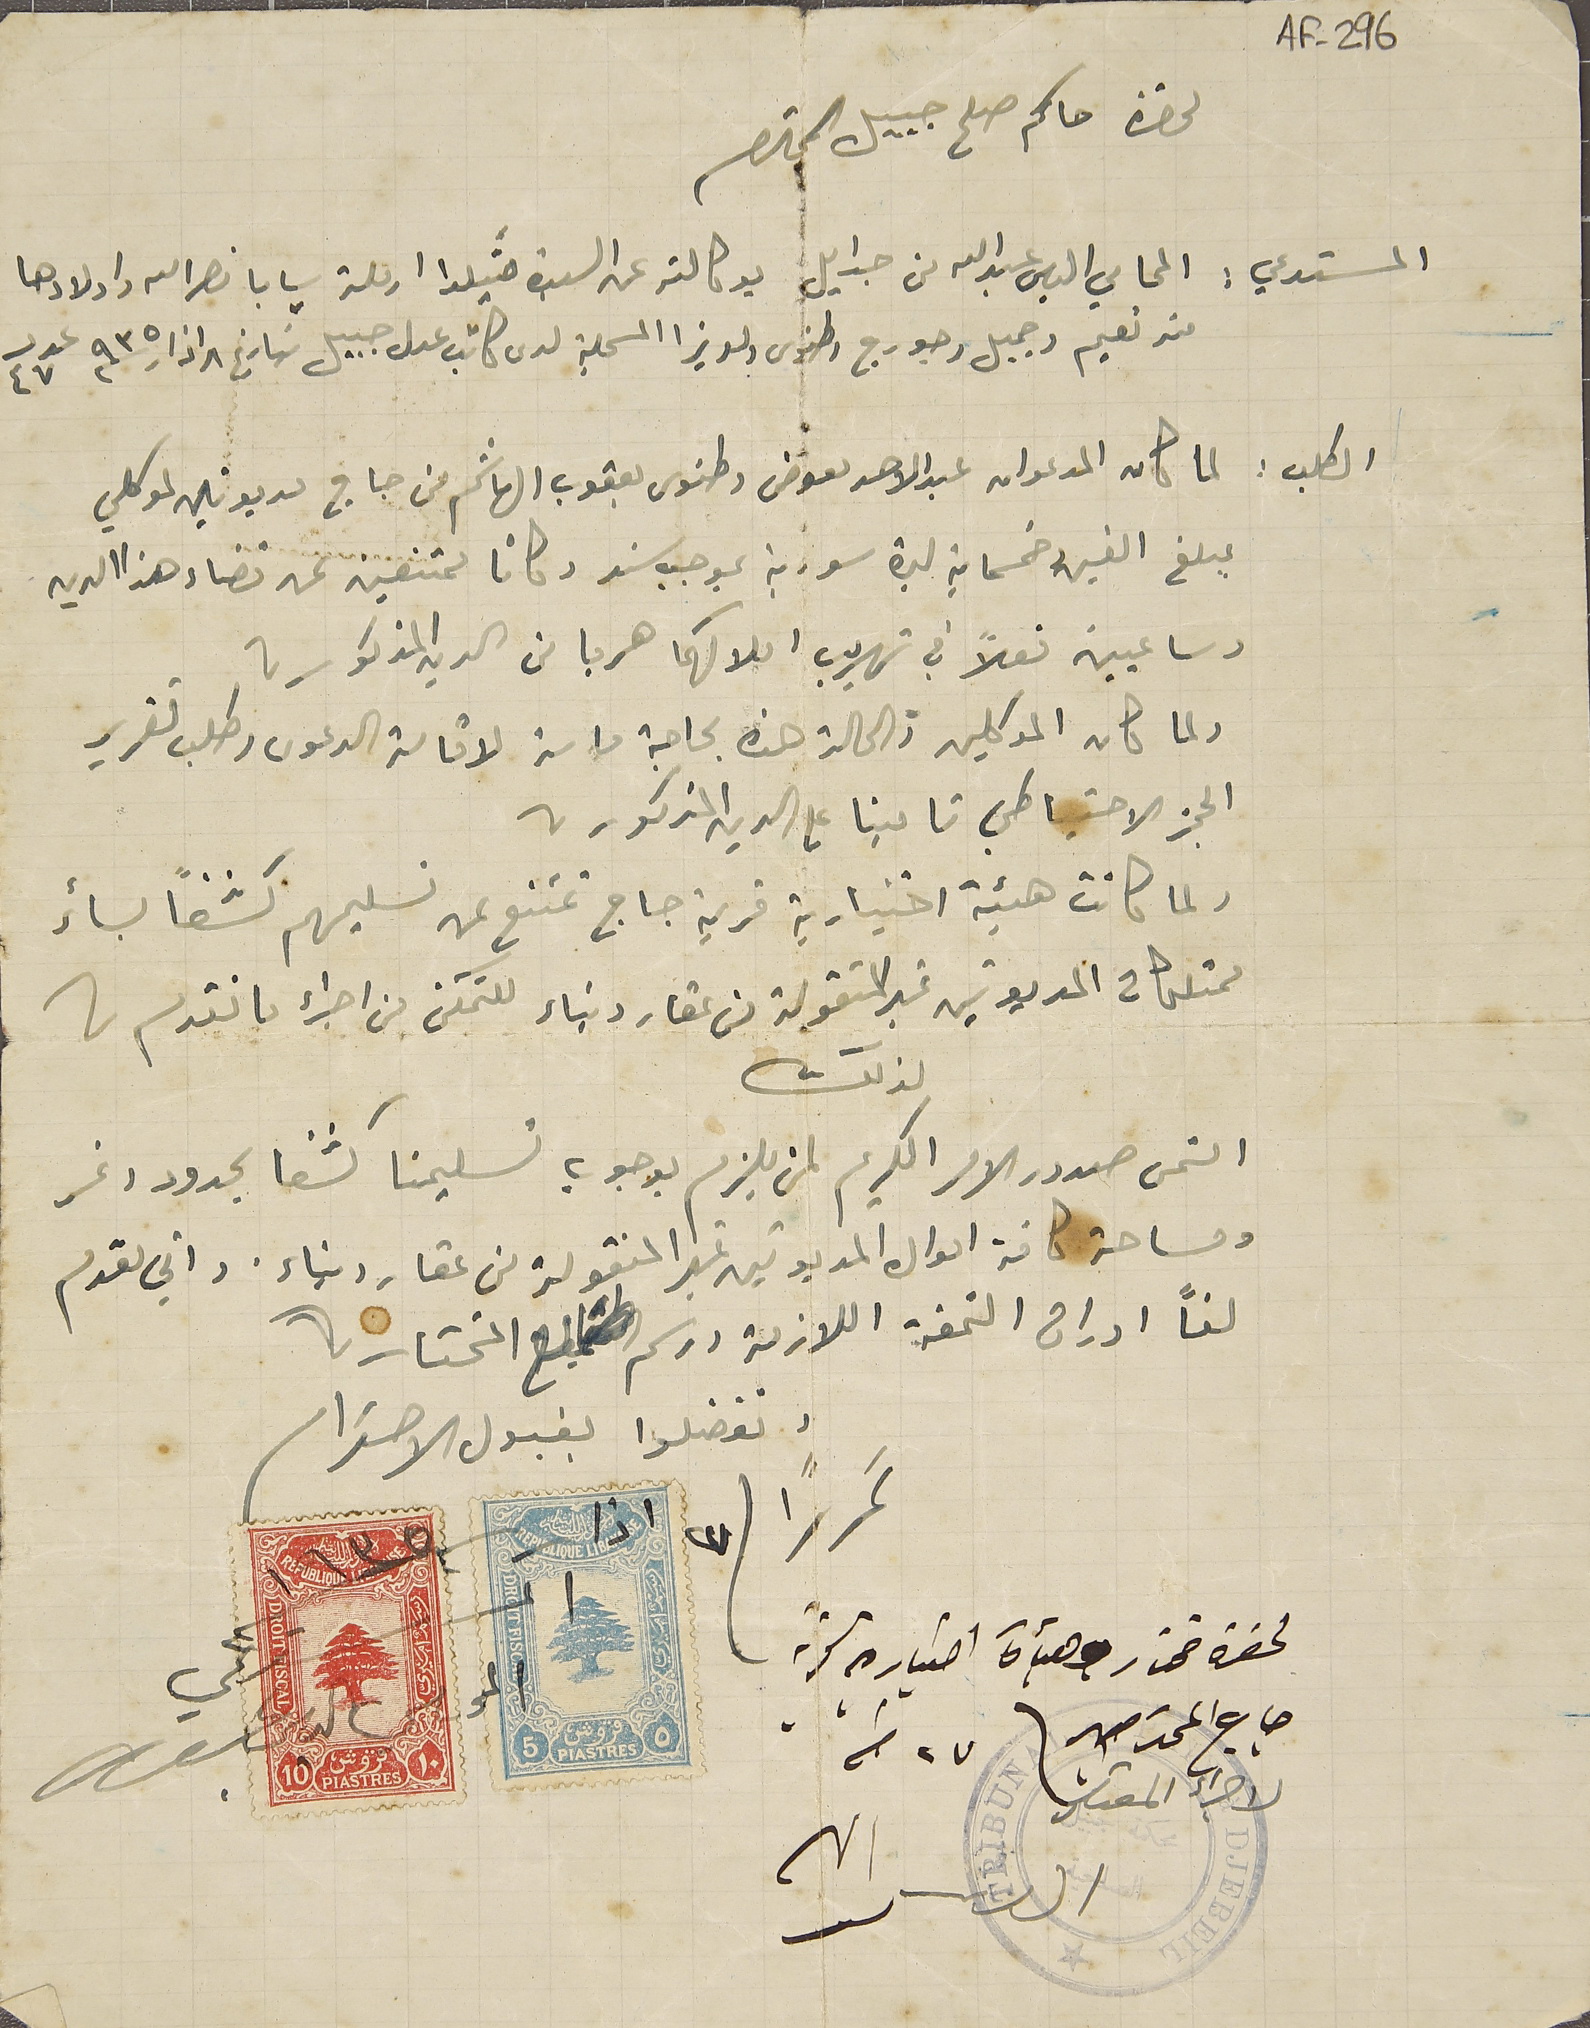
AF-296
لحضرة حاكم صلح جبيل المحترم
المستدعي: المحامي الياس عبدالله من جدايل بوكالته عن السيدة مَتيلدا ارملة سابا نصرالله واولادها
من نعيم وجميل وجورج وطنوس ولويزا المسجلة لدى كاتب عدل جبيل بتاريخ ٨ اذار سنة ٩٣٥ عدد ٤٧
الطلب : لما كان المدعوان عبد الاحد معوض وطنوس يعقوب الهاشم من جاج مديونين لموكلي
 مبلغ الفين وخسماية ليرة سورية بموجب سند وكانا ممتنعين عن قضاء هذا الدين
وساعيين فعلاً في تهريب املاكهما هربا من الدين المذكور،
ولما كان الموكلين والحالة هذه بحاجة ماسة لاقامة الدعوى وطلب تقرير
الحجز الاحتياطي تامينا على الدين المذكور
ولما كانت هيئة اختيارية قرية جاج تمتنع من تسليمهم كشفًا بسائر
ممتلكات المديونين غير المنقولة من عقار وبناء للتمكن من اجراء ما تقدم ما
 لذلك
التمس صدور الامر الكريم لمن يلزم بوجوب تسليمنا كشفا بحدود ونمر
ومساحة كافة اموال المديونين غير المنقولة من عقار وبناء. واني مقدم
لفًا اوراق التمغة اللازمة ورسم طابع المختار
وتفضلوا بقبول الاحترام
تحريرًا فى ٢٧ اذار ١٩٣٥
لحضرة مختار وهيأة اختياره لقرية
جاج المحترمين فى ٢٧ منه
لاجراء المقتضى
المستدعي المحامى الياس عبد الله